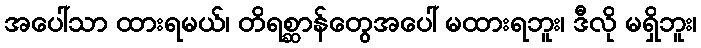
အပေါ်သာ ထားရမယ်၊ တိရစ္ဆာန်တွေအပေါ် မထားရဘူး၊ ဒီလို မရှိဘူး၊